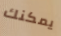
يمكنك